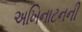
અખિનાટનની